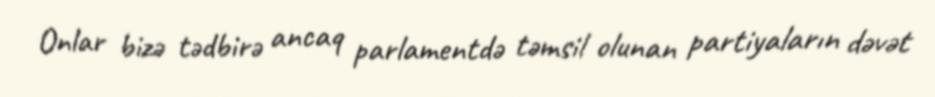
Onlar bizə tədbirə ancaq parlamentdə təmsil olunan partiyaların dəvət